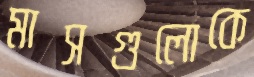
মাসগুলোকে